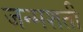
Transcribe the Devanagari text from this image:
जन्‍मशती